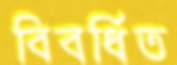
বিবর্ধিত